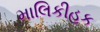
માલિકીહક